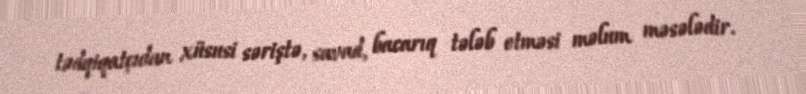
tədqiqatçıdan xüsusi səriştə, savad, bacarıq tələb etməsi məlum məsələdir.